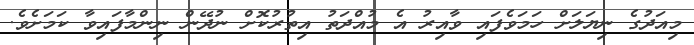
މިއަދުގެ ނިޔަލަށް ހަމަވެފައި ވާއިރު އެ މުއްދަތު އިތުރުކޮށް ނުދޭން ނިންމާފައިވާ ކަމަށެވެ.